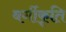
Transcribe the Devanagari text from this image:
वर्गीकृति